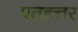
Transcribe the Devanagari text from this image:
पतहत्तर